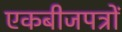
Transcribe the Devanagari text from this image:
एकबीजपत्रों